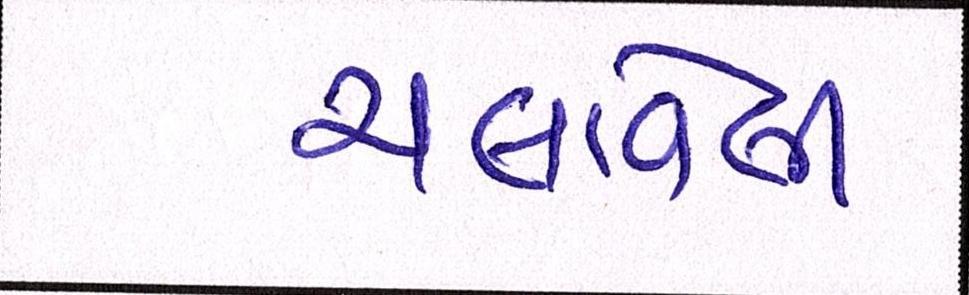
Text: ચલાવેલી